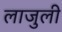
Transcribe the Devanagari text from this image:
लाजुली